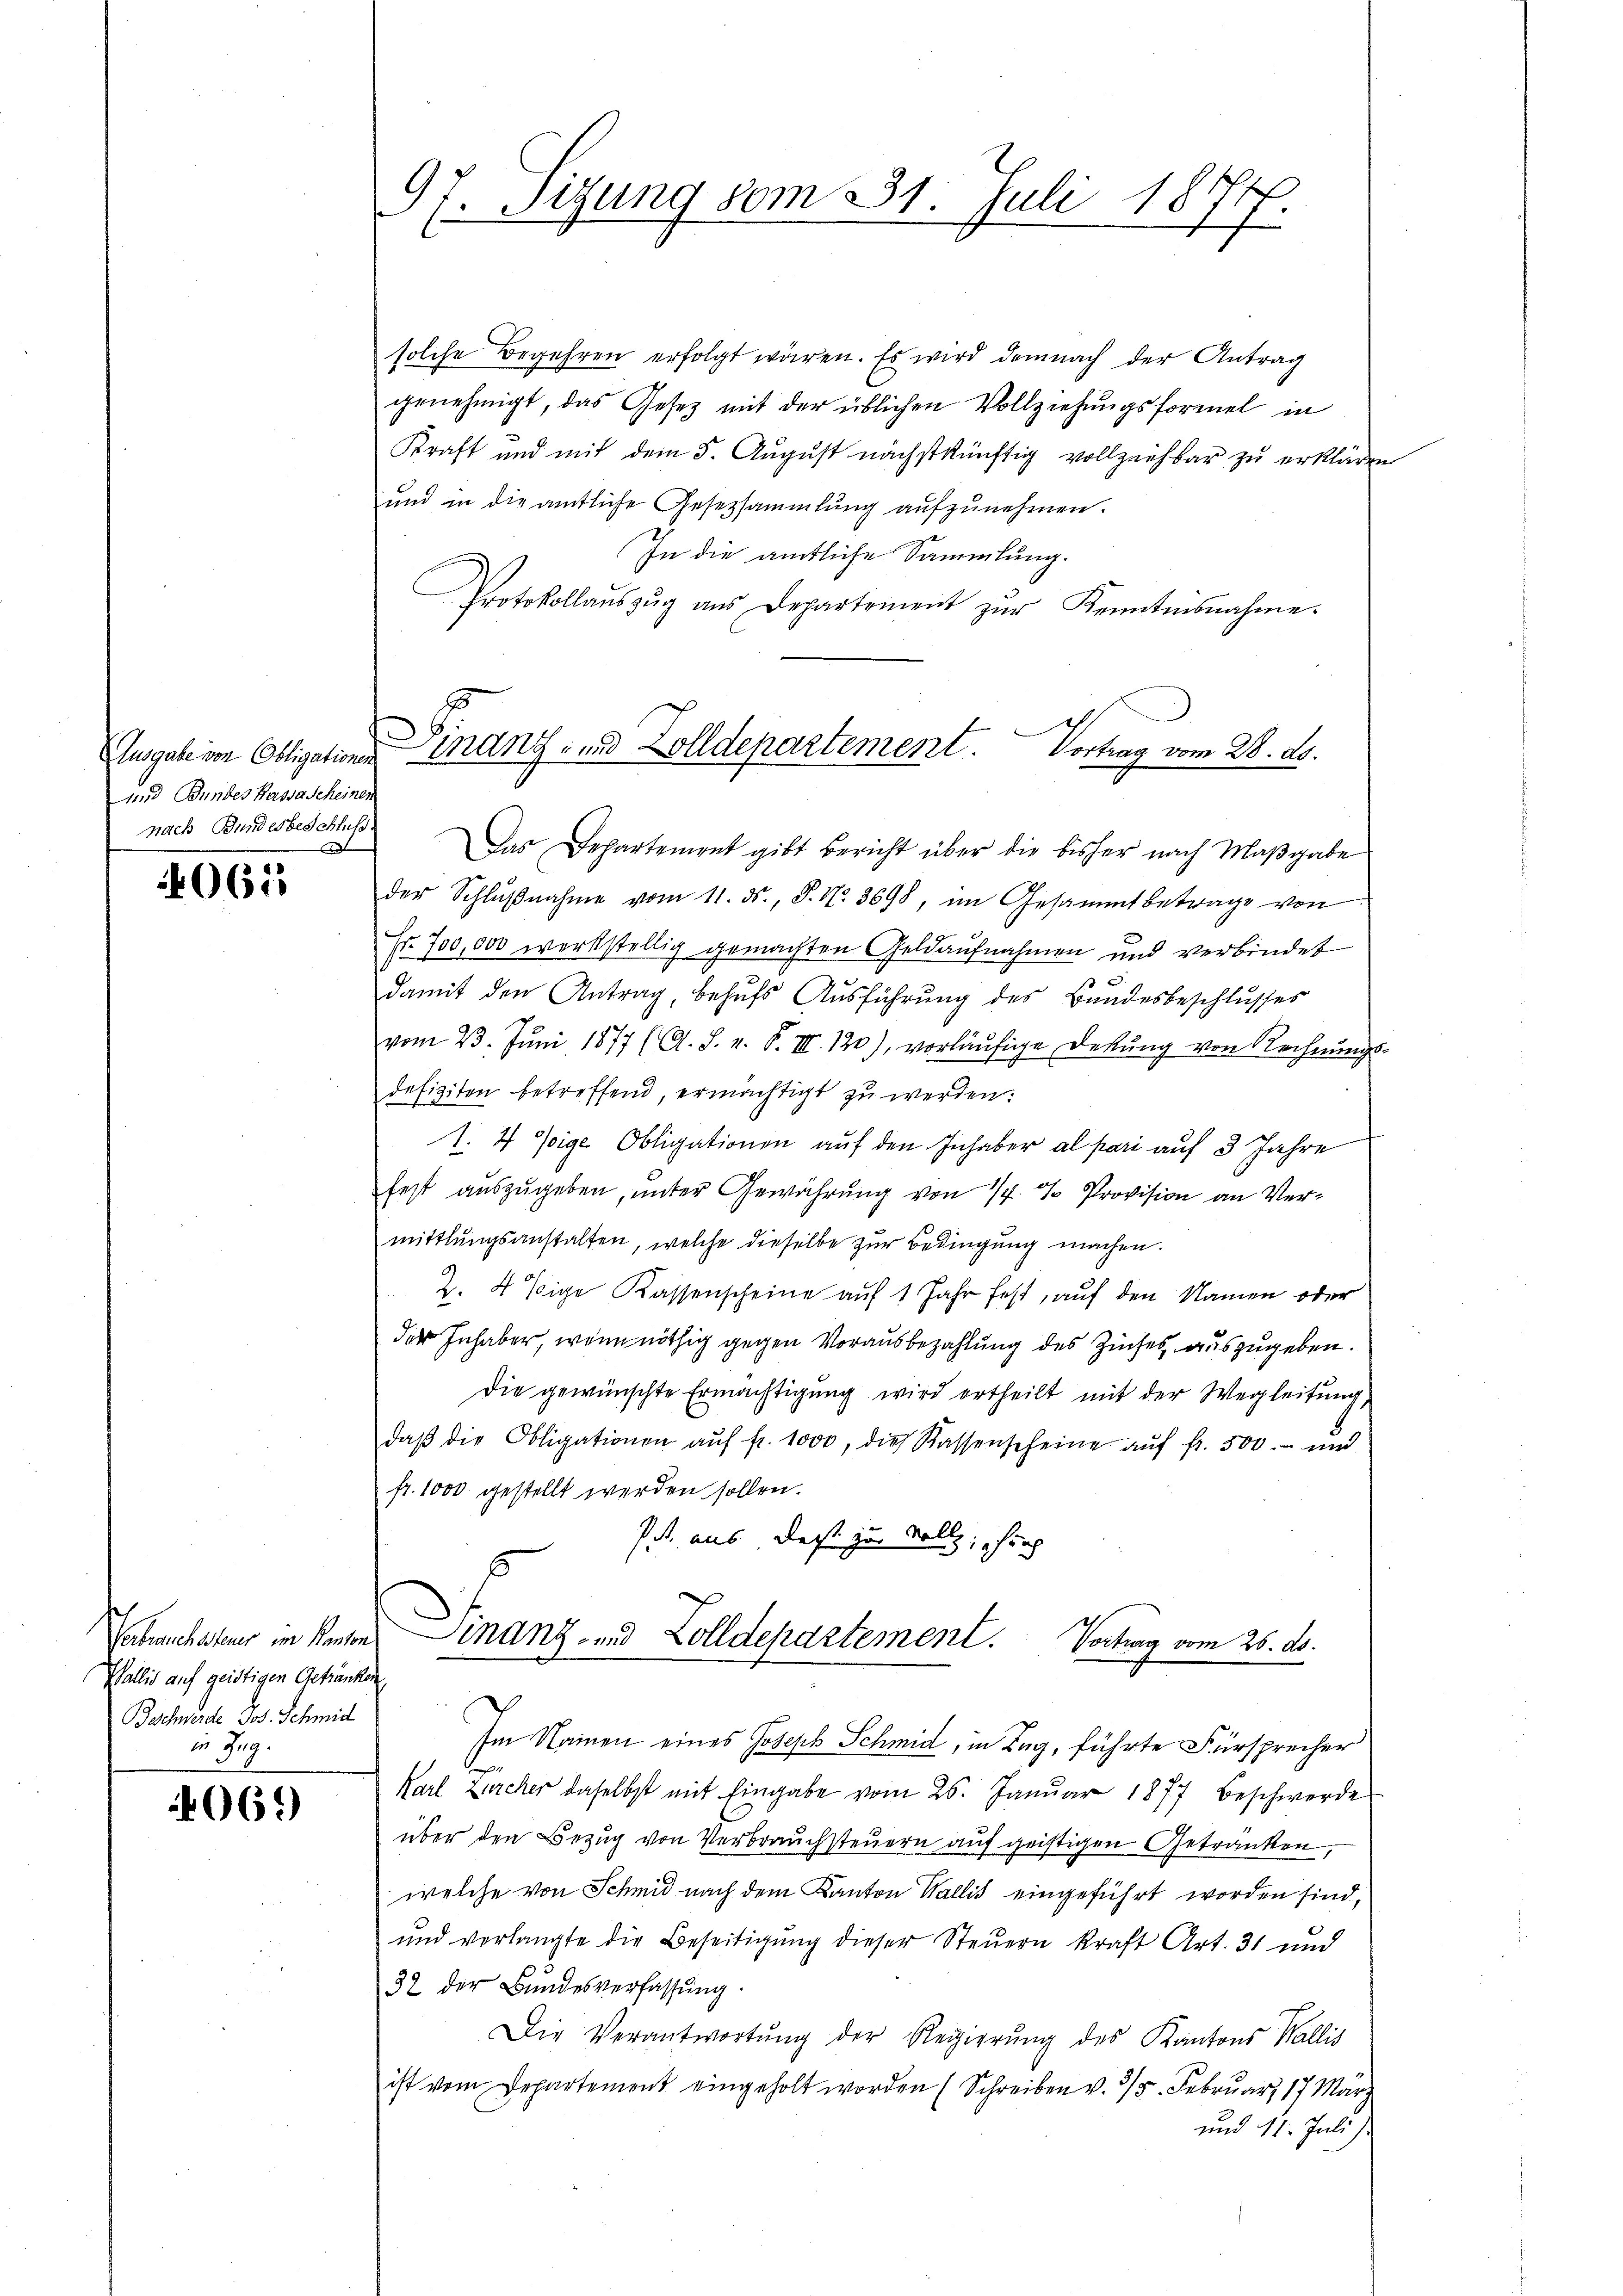
und Bundes Hassa scheinen
nach Bundesbeschluss.

0615

Wallis auf geistigen Getränken
Beschwerde Jos. Schmid
in Reg.

069)

97. Sizung vom 231. Juli 1877.

solche Begehren erfolgt wären. Es wird demnach der Antrag
genehmigt, das Gesetz mit der üblichen Vollziehungsformel in
Kraft und mit dem 5. August nächstkünftig vollziehbar zu erklären
und in die amtliche Gesetzsammlung aŭfzŭnehmen.
In die amtliche Sammlung.
Protokollaŭszŭg aŭs Departement zŭr Kenntnisnahme.
Ausgabe im Obligation der Finanz- und Zolldepartement. Vortrag vom 28. ds.

Das Departement gibt Bericht über die bisher nach Maβgabe
der Schlŭβnahme vom 11. ds., S. Nr. 3698, im Gesammtbetrage von
Fr. 700,000 werkstellig gemachten Geldaufnahmen und verbindet
damit den Antrag, behufs Ausführung des Bundesbeschlusses
vom 23. Jŭni 1877 (O. S. v. S. III. 120), vorläŭfige Dekŭng von Rechnŭngs-
defiziten betreffend, ermächtigt zu werden.
1. 4 Voige Obligationen auf den Inhaber al pari auf 3 Jahre
fest auszugeben, unter Gewährung von 1/4 % Provision an Vermittlungsanstalten, welche dieselbe zur Bedingung machen.
Z. 4 Eige Kassenscheine auf 1 Jahr fest, auf den Namen oder
der Inhaber, wenn nöthig gegen Vorausbezahlung des Zinses, auszugeben.
Die gewünschte Ermächtigŭng wird ertheilt mit der Wegleitŭng,
daβ die Obligationen aŭf fr. 1000, die Kassenscheine aŭf fr. 300. und
fr. 1000 gestellt werden sollen.
Pf. aus, daß zu Vollz; rich
Tabrauchsteuer in Kantons inanz- und Zolldepartement.
Vortrag vom 26. ds.
Im Namen eines Joseph Schmid, in Zug, führte Fürsprecher
Karl Zürcher daselbst mit Eingabe vom 26. Janŭar 1877 beschwerde
über den Bezug von Verbrauchsteuern auf geistigen Getränken,
welche von Schmid nach dem Kanton Wallis eingeführt worden sind,
und verlangte die Beseitigung dieser Steuern kraft Art. 31 und
32 der Bundesverfassung.
Die Verantwortŭng der Regierŭng des Kantons Wallis
ist vom Departement eingeholt worden (Schreiben v. 315. Februar 17 März
und 17. Juli)